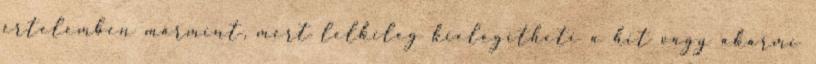
értelemben mármint, mert lelkileg kielégítheti a hit vagy akármi